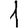
Digit: 1